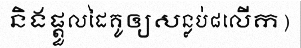
និងផ្តួលដៃគូឲ្យសន្លប់៨លើក)